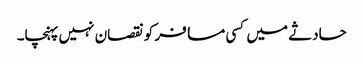
حادثے میں کسی مسافر کو نقصان نہیں پہنچا۔